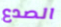
الصدع